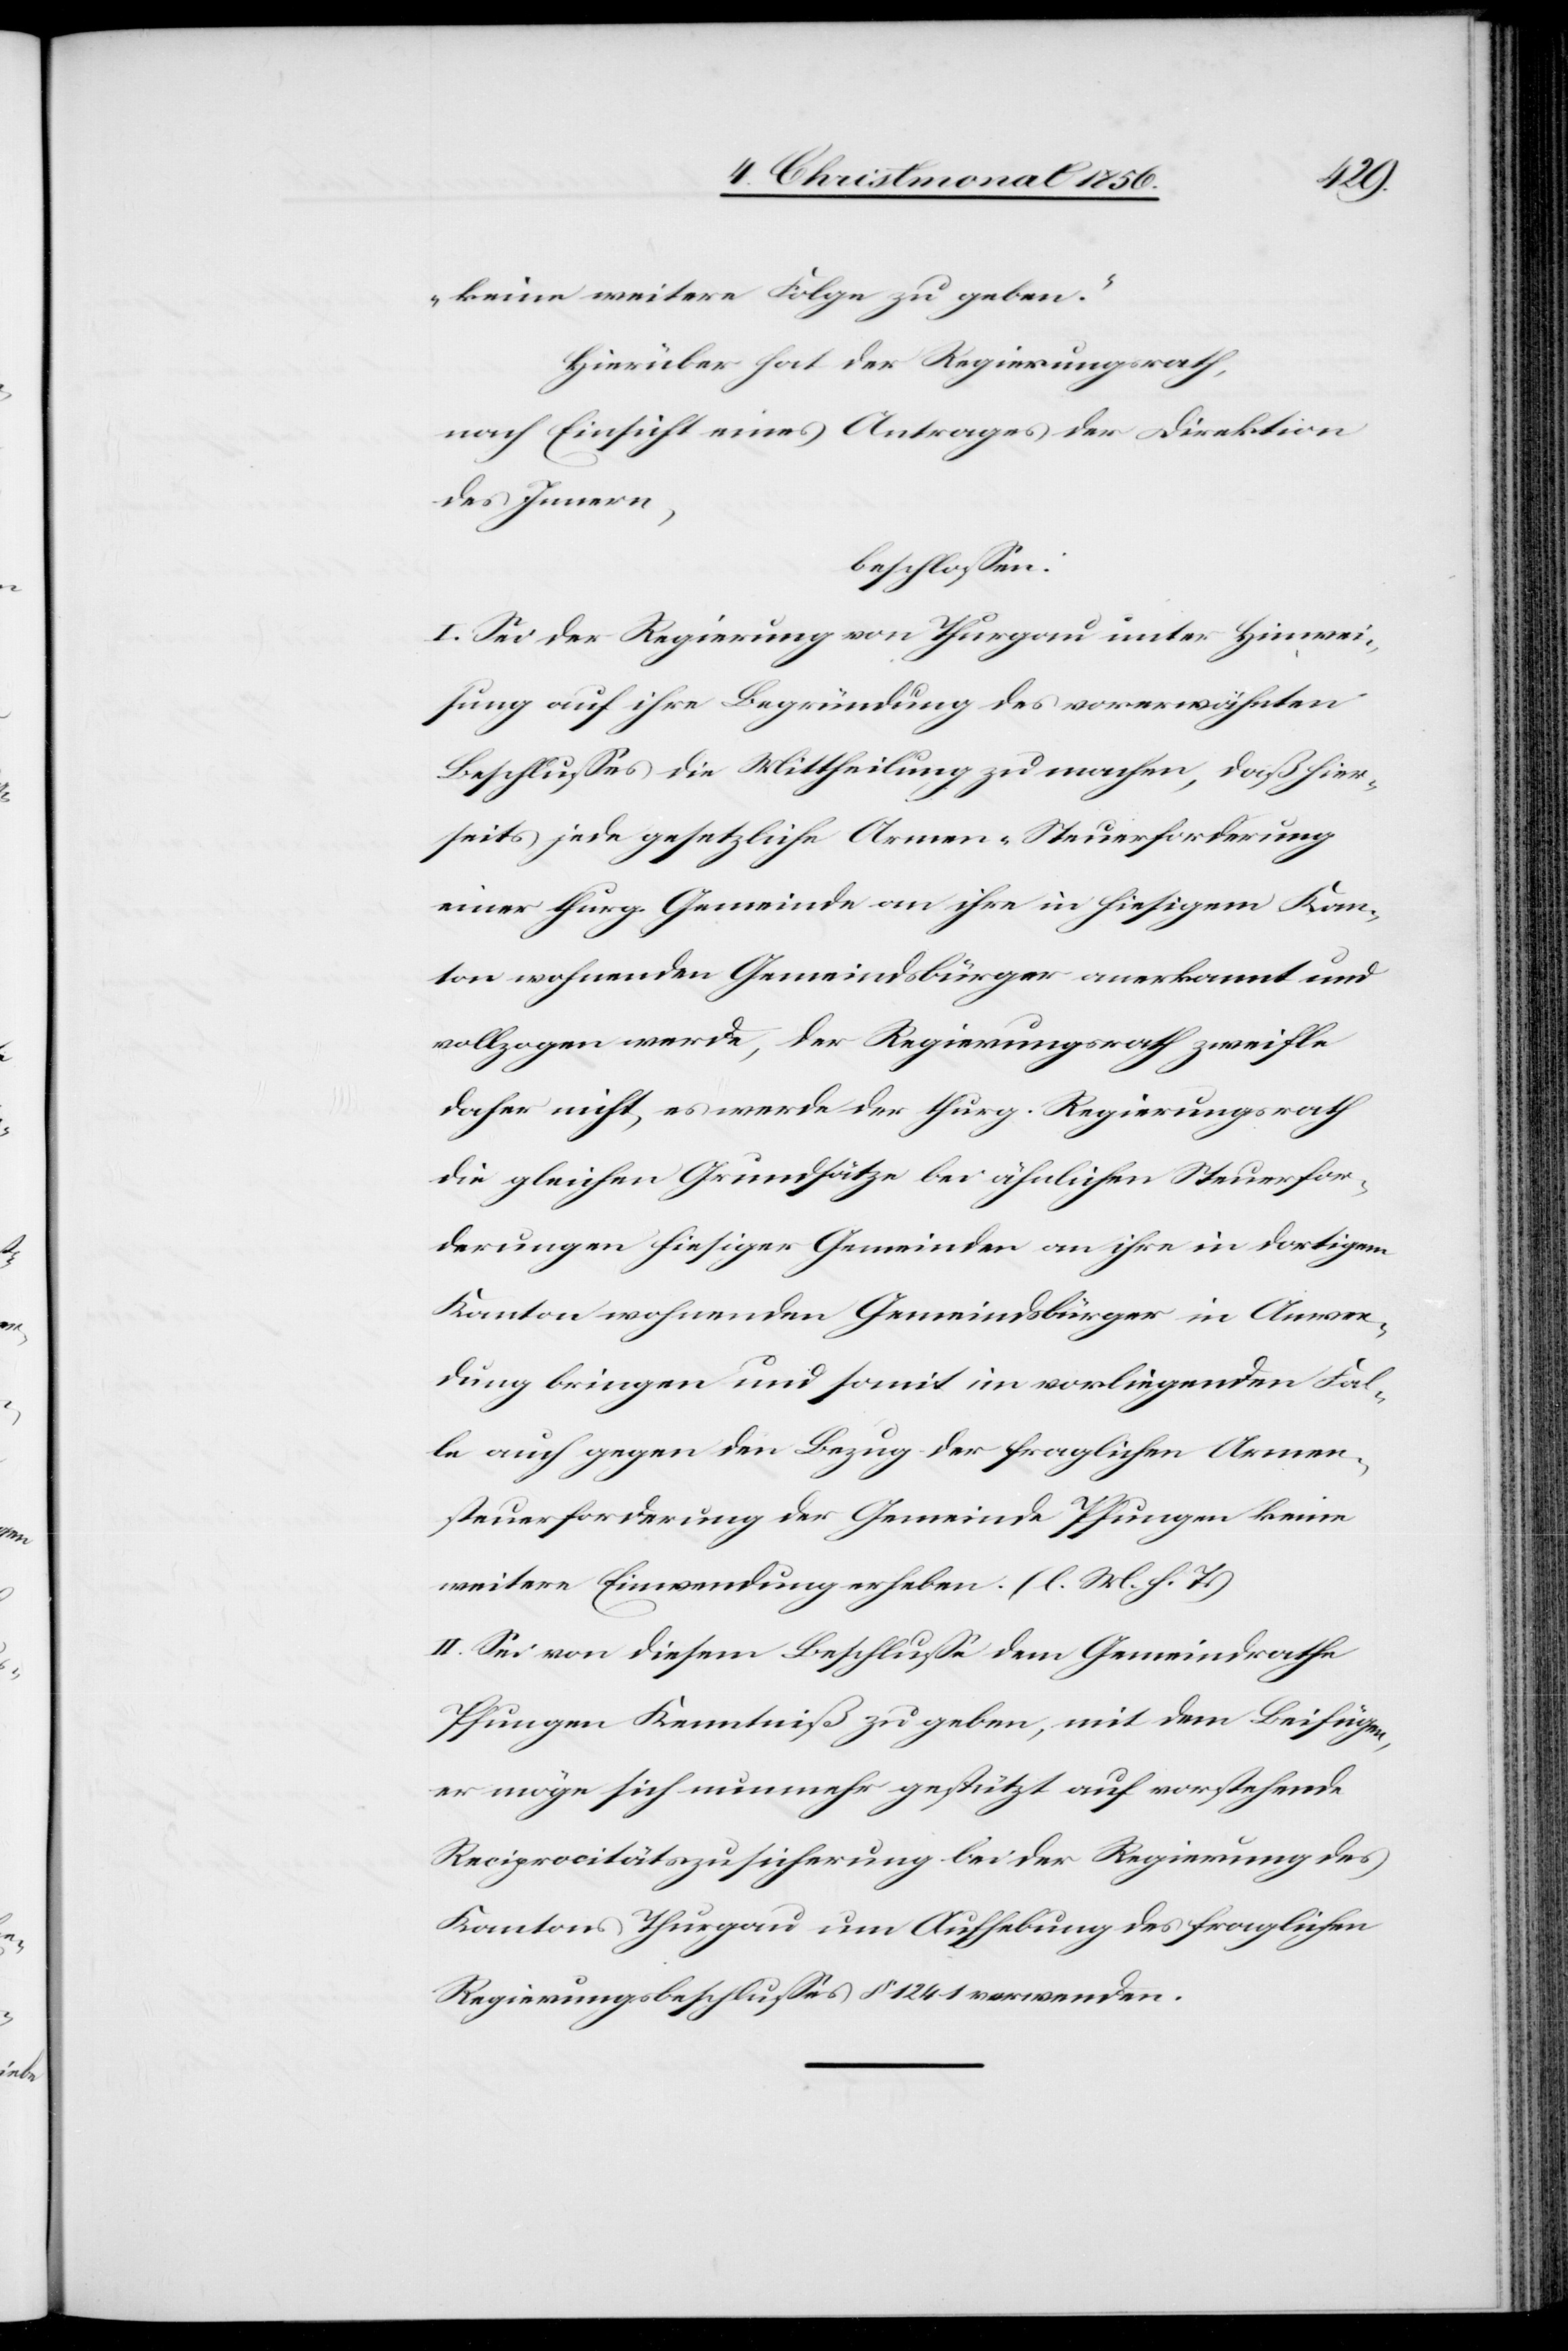
keine weitere Folge zu geben.“
Hierüber hat der Regierungsrath,
nach Einsicht eines Antrages der Direktion
des Innern,
beschlossen:
I. Sei der Regierung von Thurgau unter Hinwei¬
sung auf ihre Begründung des vorerwähnten
Beschlusses die Mittheilung zu machen, daß hier¬
seits jede gesetzliche Armen-Steuerforderung
einer thurg. Gemeinde an ihre in hiesigem Kan¬
ton wohnenden Gemeindsbürger anerkannt und
vollzogen werde, der Regierungsrath zweifle
daher nicht, es werde der thurg. Regierungsrath
die gleichen Grundsätze bei ähnlichen Steuerfor¬
derungen hiesiger Gemeinden an ihre in dortigem
Kanton wohnenden Gemeindsbürger in Anwen¬
dung bringen und somit im vorliegenden Fal¬
le auch gegen den Bezug der fraglichen Armen¬
steuerforderung der Gemeinde Pfungen keine
weitere Einwendung erheben. (l. M. h. T.)
II. Sei von diesem Beschlusse dem Gemeindrathe
Pfungen Kenntniß zu geben, mit dem Beifügen,
er möge sich nunmehr gestützt auf vorstehende
Reciprocitätszusicherung bei der Regierung des
Kantons Thurgau um Aufhebung des fraglichen
Regierungsbeschlusses § 1241 verwenden.